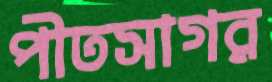
পীতসাগর